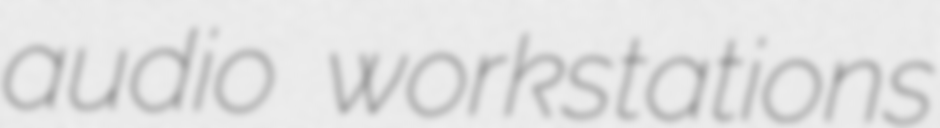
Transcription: audio workstations